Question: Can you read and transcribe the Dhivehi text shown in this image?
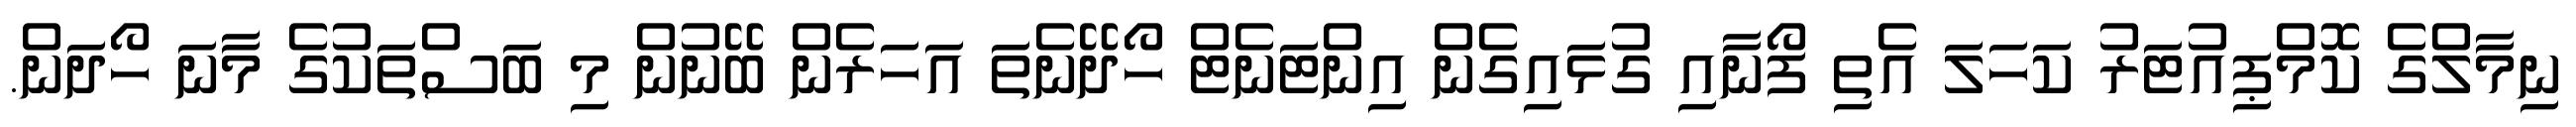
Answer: ނިމާލްގެ ކޮމްޕިއުޓަރު ކަހަލަ އެތި ފޯނާއި ގުޅައިގެން އިންޓަނެޓް ހޯދޭނެތަ އަހަރެން ބޭނުން މި ބަސްތަކުގެ މާނަ ހޯދަން.